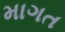
માગત